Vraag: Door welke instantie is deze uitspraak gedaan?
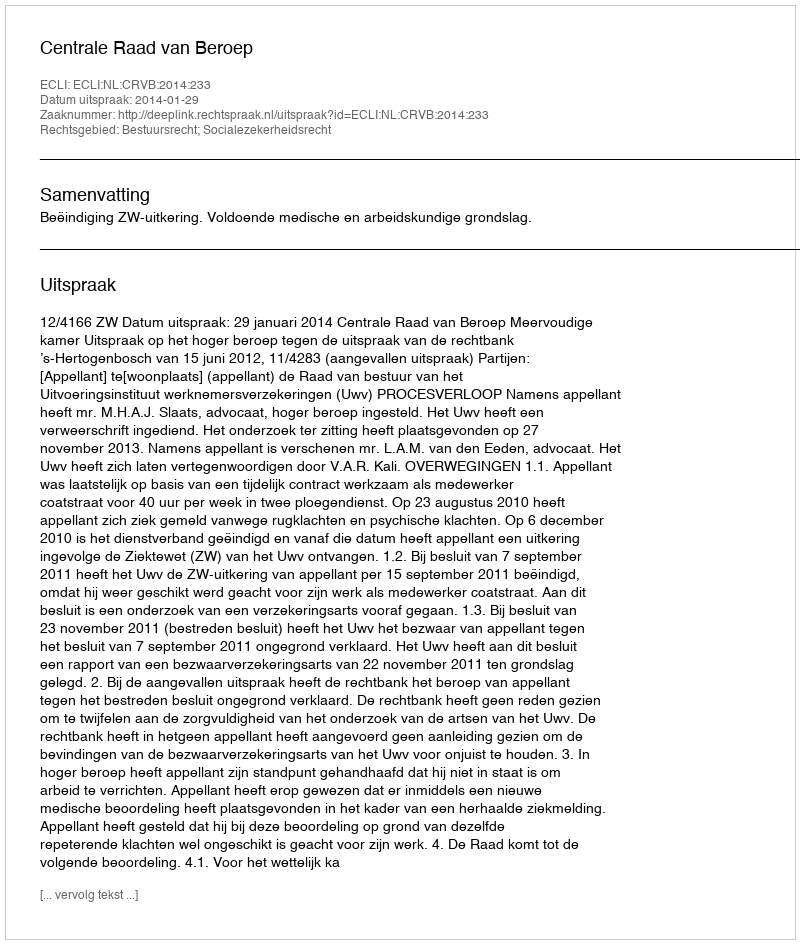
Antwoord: Centrale Raad van Beroep